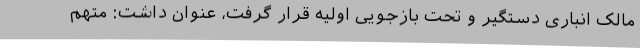
مالک انباری دستگیر و تحت بازجویی اولیه قرار گرفت، عنوان داشت: متهم